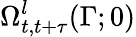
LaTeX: \Omega_{t,t+\tau}^{l}(\Gamma;0)